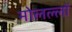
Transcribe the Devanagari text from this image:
मोलल्लों